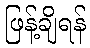
ဖြန့်ချိရန်